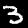
Digit: 3